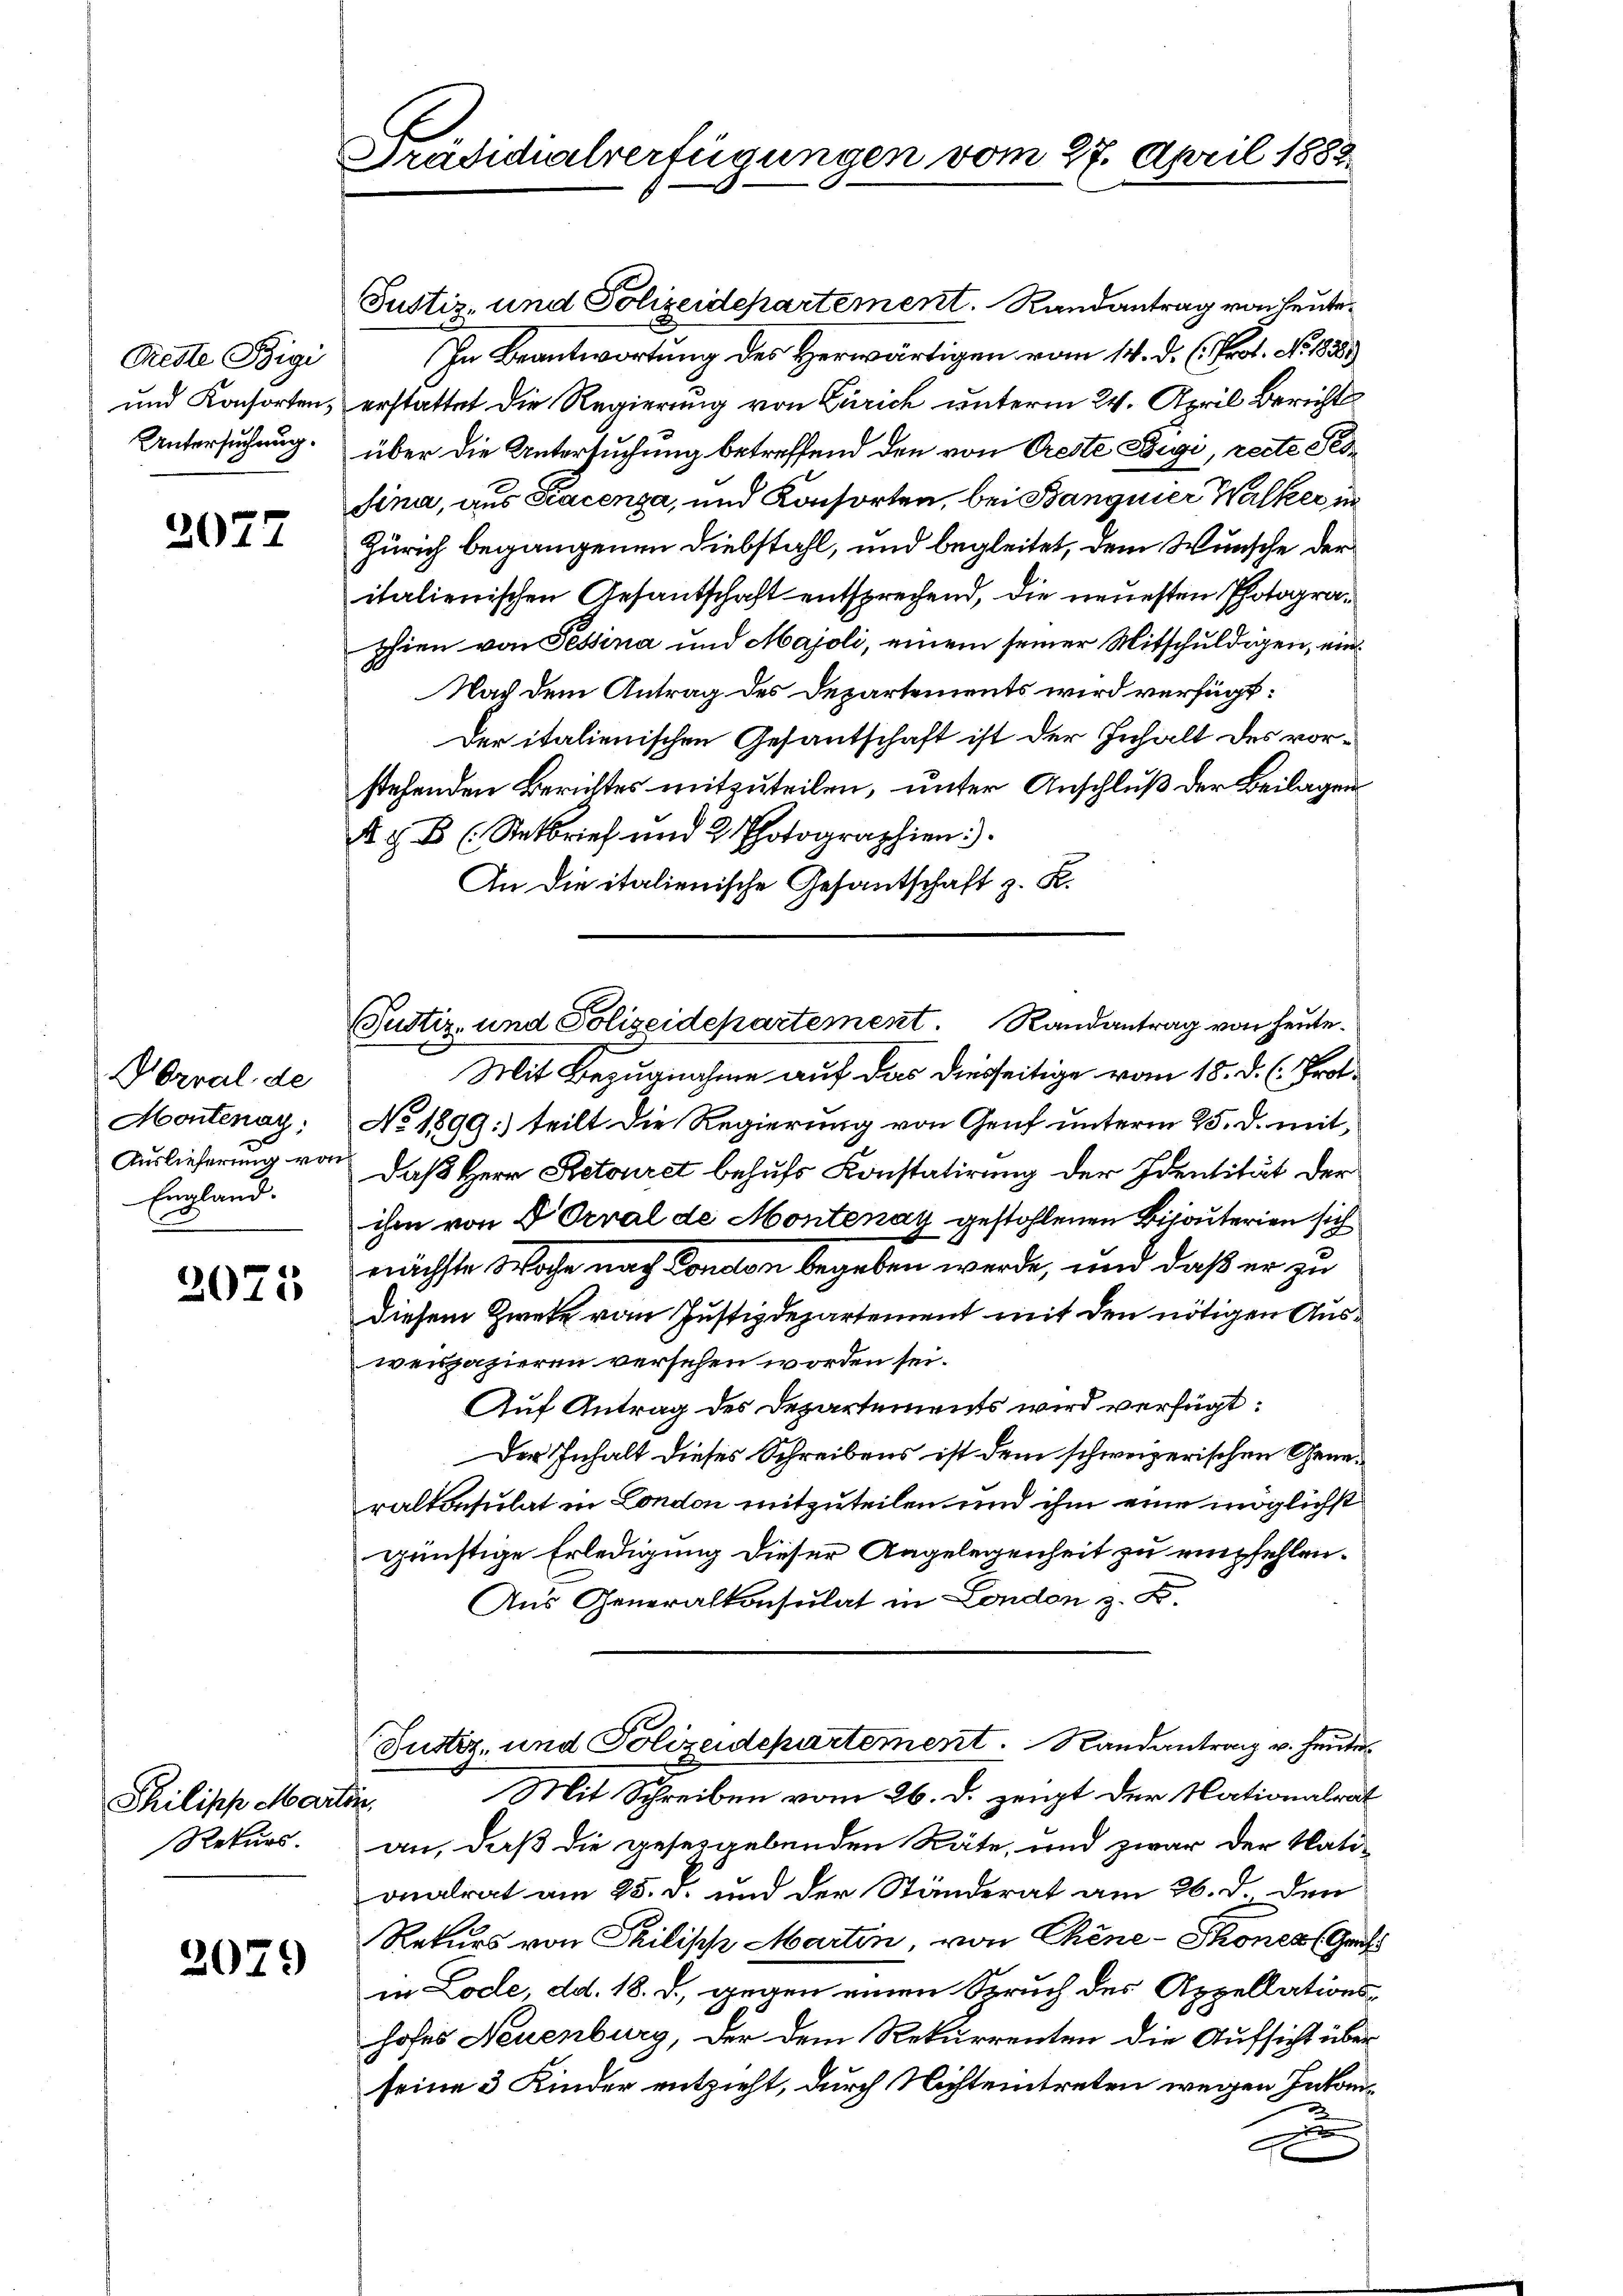
Reste Bigi
Untersuchung.

2077

Norral de
Montenay:
Auslieferung vor
England.

2075

Philipp Mart
Rekurs.

2079

Präsidialverfügungen vom 27. April 1883.

Justiz- und Polizeidepartement. Randantrag von heute¬
In Beantwortung des Herwärtigen vom 14. d. h. Prof. No 18388
und Konsorten, erstattet die Regierung von Zürich unterm 24. April Berichts
über die Untersuchung betreffend den von Oeste Begi, recte Per¬
Sina, aus Facenza, und Konsorten, bei Banquier Walker in
Zürich begangenen Diebstahl, und begleitet, dem Wunsche der
italienischen Gesantschaft entsprechend, die neuesten Photographien von Tessina und Majoli, einem seiner Mitschuldigen, ein¬
Nach dem Antrag des Departements wird verfügt:
Der italienischen Gesantschaft ist der Inhalt des vorstehenden Berichtes mitzuteilen, unter Anschluß der Beilagen
 G. B. (Rekbrief und 2 Photographien
An die italienische Gesantschaft z. B.

Justiz- und Polizeidepartement. Randantrag von heute.
Mit Bezugnahme auf das diesseitige vom 18. d. h. Prot.

No 1899:) teilt die Regierung von Genf unterm 25. d. mitdaß Herr Retouret behufs Konstatirung der Identität der
ihm von d Veral de Montenay gestohlenen Bisouterien sich
nächste Woche nach London begeben werde, und daß er zu
diesem Zweke vom Justizdepartement mit den nötigen Ausweispazieren versehen worden sei.
Auf Antrag des Departements wird verfügt:
Der Inhalt dieses Schreibens ist dem schweizerischen Generalkonsulat in London mitzuteilen und ihm eine möglichst
günstige Erledigung dieser Angelegenheit zu empfehlen.
Aus Generalkonsulat in London z. B.

Justiz- und Polizeidepartement. Randantrag v. heute
Mit Schreiben vom 26. d. zeigt der Nationalrat
e

an, daß die gesetzgebenden Räte, und zwar der Nationalrat am 25. d. und der Ständerat am 26. d. den
Rekurs von Philipp Martin, von Chine-Thones Ges
in Lode, dd. 18. d. gegen einen Spruch des Appellationshofes Neuenburg, der dem Rekurrenten die Aufsicht über
seine 3 Kinder entzieht, durch Nichteintreten wegen Inkomx